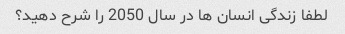
لطفا زندگی انسان ها در سال 2050 را شرح دهید؟